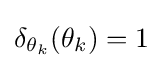
\delta _{\theta _{k}}(\theta _{k})=1